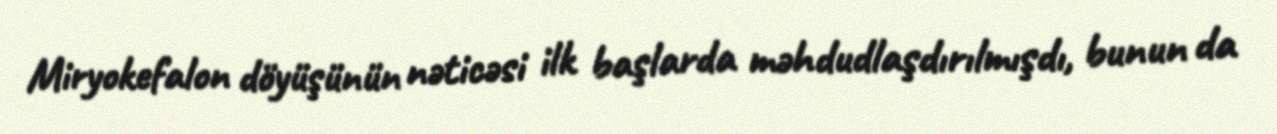
Miryokefalon döyüşünün nəticəsi ilk başlarda məhdudlaşdırılmışdı, bunun da